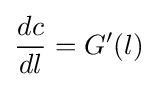
{\frac {dc}{dl}}=G'(l)